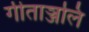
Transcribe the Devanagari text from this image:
गीताञ्जलि